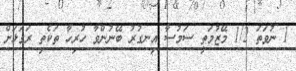
1 ނުވަތަ 1/2 މޭޒުމަތީ ސަމުސާ އިނގުރު ބޭނުންވާ ހުރިހާ ތަކެތި ރަގަޅަށް